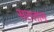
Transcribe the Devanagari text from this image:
सतताग